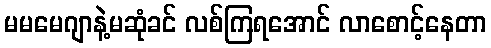
မမမေဂျာနဲ့မဆုံခင် လစ်ကြရအောင် လာစောင့်နေတာ